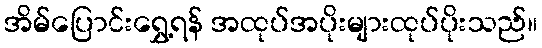
အိမ်ပြောင်းရွှေ့ရန် အထုပ်အပိုးများထုပ်ပိုးသည်။